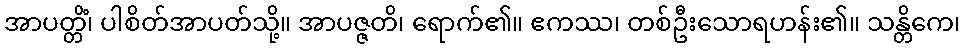
အာပတ္တိံ၊ ပါစိတ်အာပတ်သို့။ အာပဇ္ဇတိ၊ ရောက်၏။ ဧကဿ၊ တစ်ဦးသောရဟန်း၏။ သန္တိကေ၊